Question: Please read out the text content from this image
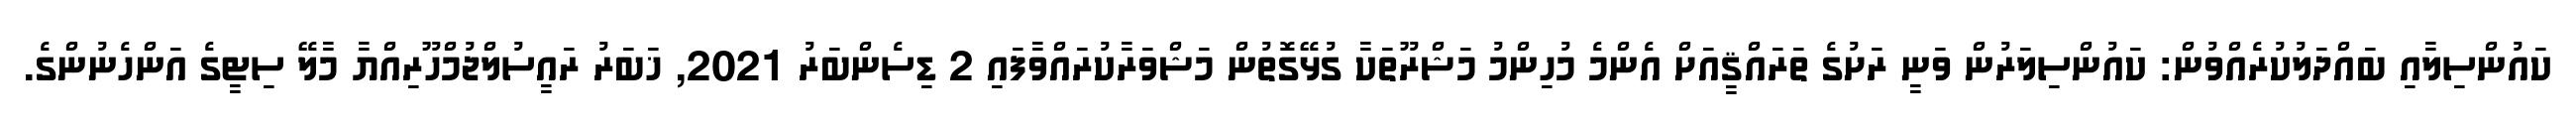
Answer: ކައުންސިލާއި ބައްދަލުކުރެއްވުން: ކައުންސިލަރުން ވަނީ ރަށުގެ ތަރައްޤީއަށް އެންމެ މުހިންމު މަޝްރޫތަކާ ގުޅޭގޮތުން މަޝްވަރާކުރައްވާފައި 2 ޑިސެންބަރު 2021, ޚަބަރު ރައީސުލްޖުމްހޫރިއްޔާ މާލޭ ސިޓީގެ އަންހެނުންގެ.